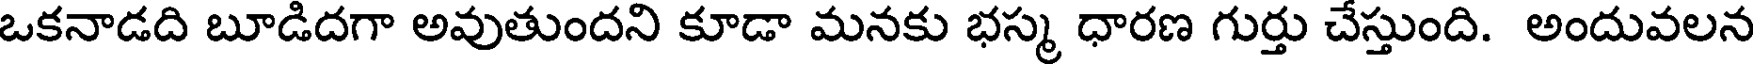
ఒకనాడది బూడిదగా అవుతుందని కూడా మనకు భస్మ ధారణ గుర్తు చేస్తుంది. అందువలన